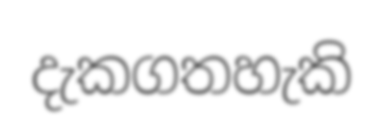
දැකගතහැකි